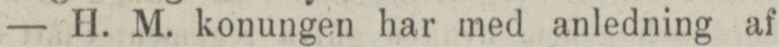
— H. M. konungen har med anledning af